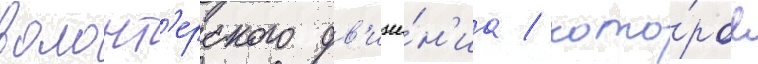
волонт'ерского дв'иже́н'иа / кото́рое